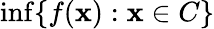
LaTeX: \operatorname*{inf}\{ f(\mathbf{x}):\mathbf{x}\in C\}